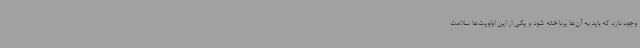
وجود دارد که باید به آن‌ها پرداخته شود و یکی از این اولویت‌ها سلامت